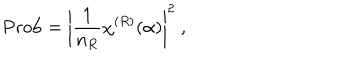
\mathrm { P r o b } = \left| { \frac { 1 } { n _ { R } } } \chi ^ { ( R ) } ( \alpha ) \right| ^ { 2 } ~ ,